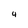
Character: 4